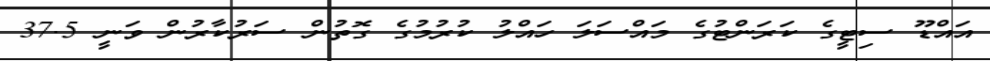
އައްޑޫ ސިޓީގެ ކަރަންޓުގެ މައްސަލަ ހައްލު ކުރުމުގެ ގޮތުން ސަރުކާރުން ވަނީ 37.5